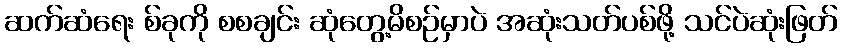
ဆက်ဆံရေး စ်ခုကို စစချင်း ဆုံတွေ့မိစဉ်မှာပဲ အဆုံးသတ်ပစ်ဖို့ သင်ပဲဆုံးဖြတ်